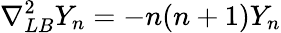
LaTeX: \nabla_{LB}^{2}Y_{n}=-n(n+1)Y_{n}